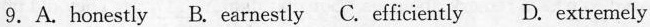
9. A. Honestly B. Earnestly C. Efficiently D. Extremely